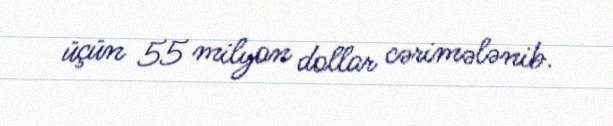
üçün 55 milyon dollar cərimələnib.